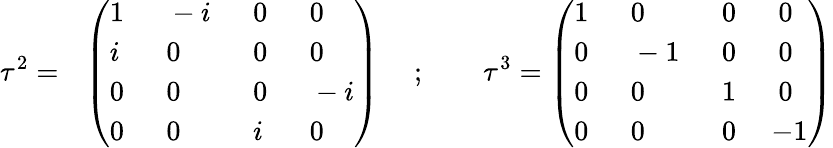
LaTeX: \tau^{2}=~~\left(\begin{array}{llll}{{1~}}&{{~-i~}}&{{~0~}}&{{~0}}\\ {{i~}}&{{~0~}}&{{~0~}}&{{~0}}\\ {{0~}}&{{~0~}}&{{~0~}}&{{~-i}}\\ {{0~}}&{{~0~}}&{{~i~}}&{{~0}}\end{array}\right)\quad~;\qquad\tau^{3}=\left(\begin{array}{llll}{{1~}}&{{~0~}}&{{~0~}}&{{~0}}\\ {{0~}}&{{~-1~}}&{{~0~}}&{{~0}}\\ {{0~}}&{{~0~}}&{{~1~}}&{{~0}}\\ {{0~}}&{{~0~}}&{{~0~}}&{{-1}}\end{array}\right)